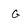
Character: G